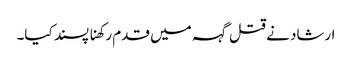
ارشاد نے قتل گہہ میں قدم رکھنا پسند کیا۔